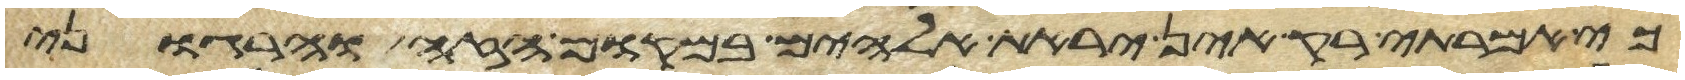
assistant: כי אמרתי רק אין יראת אלהים במקום הזה והרגוני